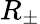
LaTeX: R_{\pm}